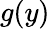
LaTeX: g(y)